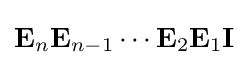
\mathbf {E} _{n}\mathbf {E} _{n-1}\cdots \mathbf {E} _{2}\mathbf {E} _{1}\mathbf {I}